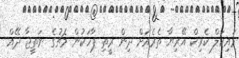
މައިކަލް ކެރިކް އޭރިޔާ ތެރެއަށް ދިން ރީތި ޕާހަކުން މެޗުގެ ނަތީޖާ ދޭއް